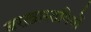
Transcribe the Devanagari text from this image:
बरख़ास्तगियों